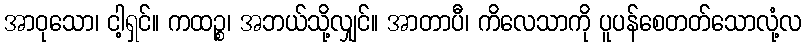
အာဝုသော၊ ငါ့ရှင်။ ကထဉ္စ၊ အဘယ်သို့လျှင်။ အာတာပီ၊ ကိလေသာကို ပူပန်စေတတ်သောလုံ့လ